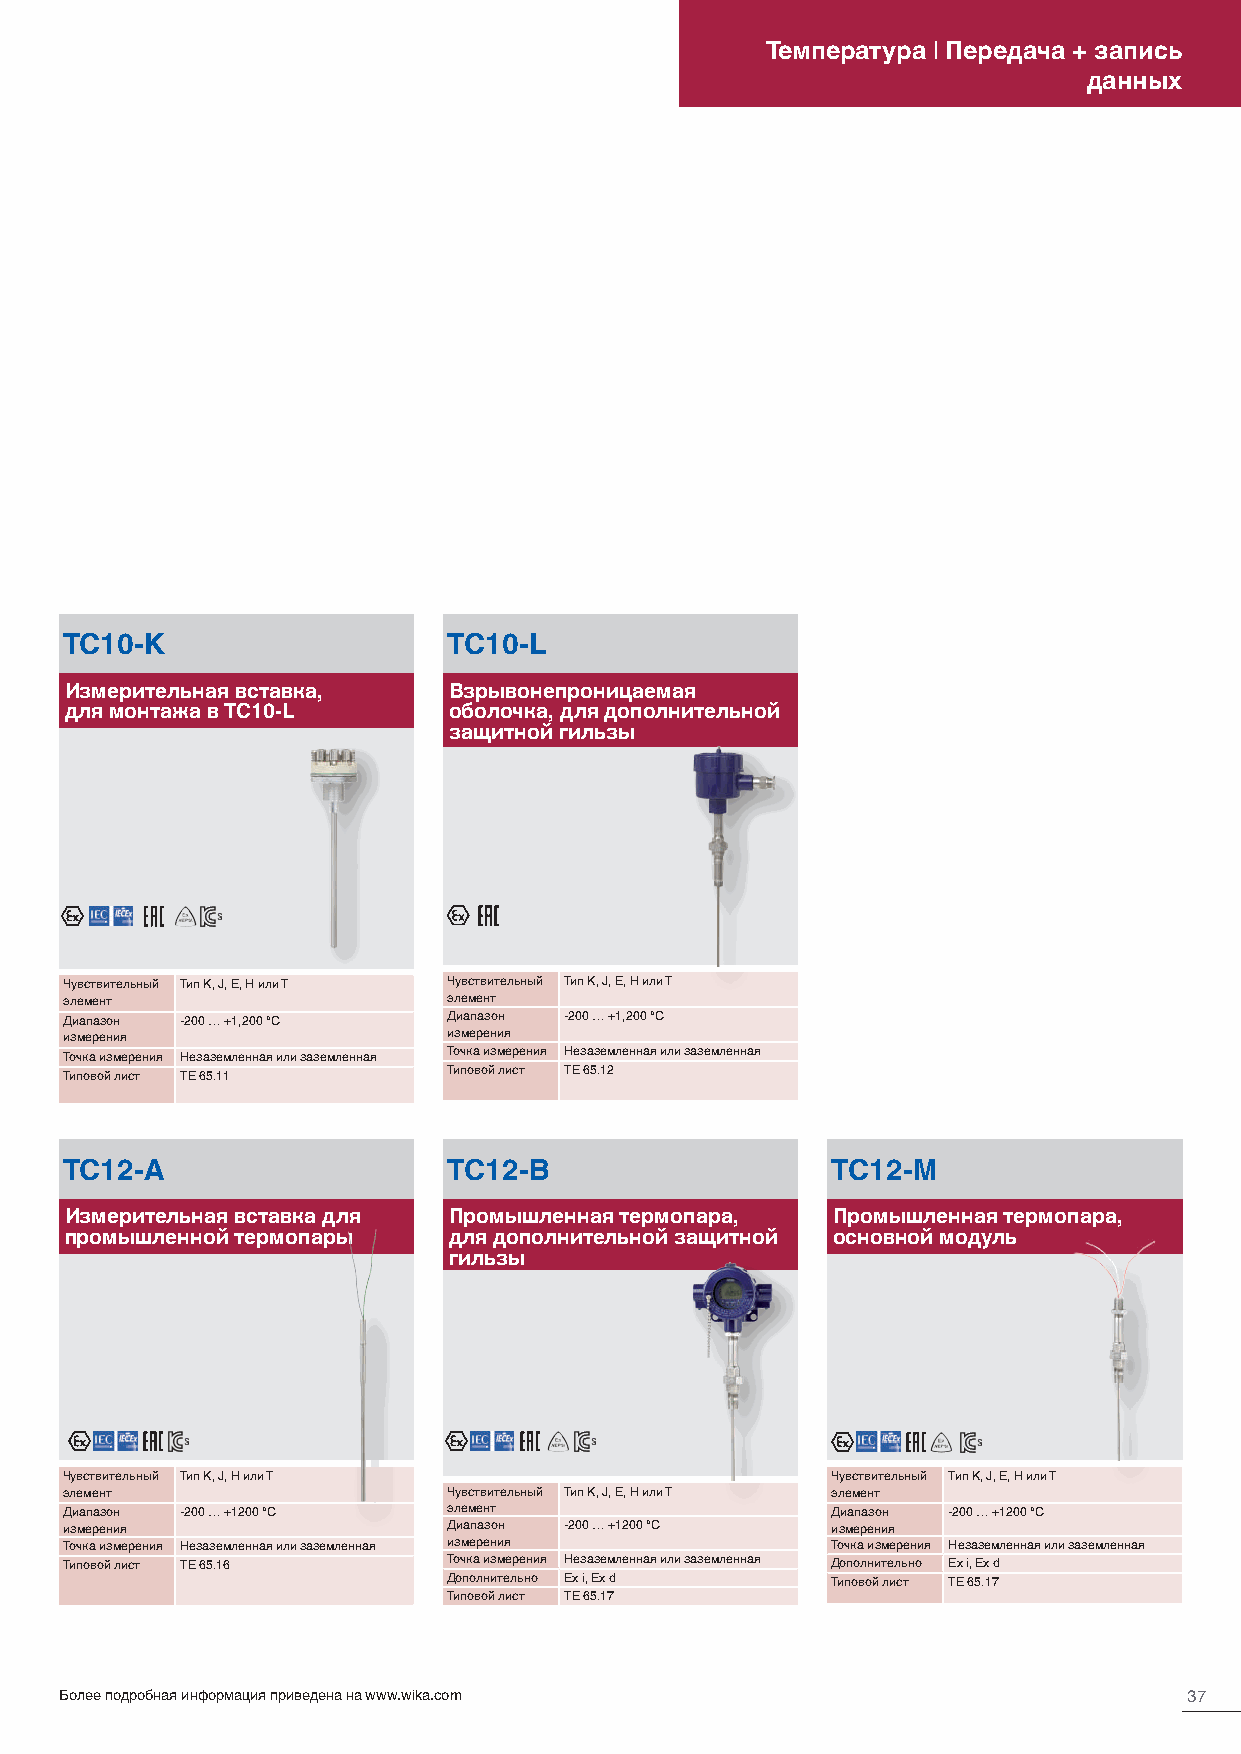
Температура | Передача + запись
 данных
 TC10-K                    TC10-L
 Измерительная вставка,    Взрывонепроницаемая
 для монтажа в TC10-L      оболочка, для дополнительной
 защитной гильзы
 Чувствительный Тип K, J, E, Н или T Чувствительный Тип K, J, E, Н или T
 элемент                   элемент
 Диапазон -200 … +1,200 °C Диапазон -200 … +1,200 °C
 измерения                 измерения
 Точка измерения Незаземленная или заземленная Точка измерения Незаземленная или заземленная
 Типовой лист TE 65.11     Типовой лист TE 65.12
 TC12-A                    TC12-B                   TC12-M
 Измерительная вставка для Промышленная термопара,  Промышленная термопара,
 промышленной термопары    для дополнительной защитной основной модуль
 гильзы
 Чувствительный Тип K, J, Н или T                   Чувствительный Тип K, J, E, Н или T
 элемент                   Чувствительный Тип K, J, E, Н или T элемент
 Диапазон -200 … +1200 °C  элемент                  Диапазон -200 … +1200 °C
 измерения                 Диапазон -200 … +1200 °C измерения
 Точка измерения Незаземленная или заземленная измерения Точка измерения Незаземленная или заземленная
 Типовой лист TE 65.16     Точка измерения Незаземленная или заземленная Дополнительно Ex i, Ex d
 Дополнительно Ex i, Ex d Типовой лист TE 65.17
 Типовой лист TE 65.17
 Более подробная информация приведена на www.wika.com                       37